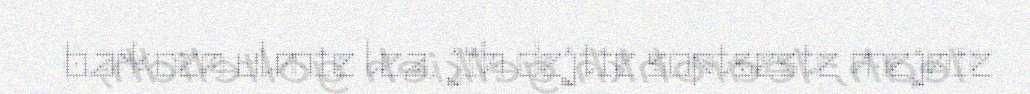
barkoen ulmie lea, jïh dejtie soptseste mejnie